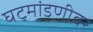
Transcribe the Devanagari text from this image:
घटमांडणीवर